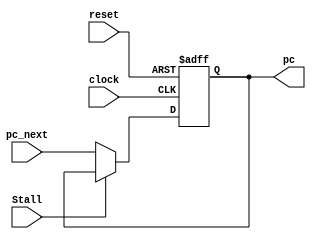
module ProgramCounter_1 (
    input wire clock,
    input wire reset,
    input wire Stall,
    input wire [31:0] pc_next,
    output reg [31:0] pc
    );
    always @(posedge clock, negedge reset) begin
        if (~reset)
            pc = 0;
        else if (~Stall)
            pc = pc_next;
    end  
endmodule